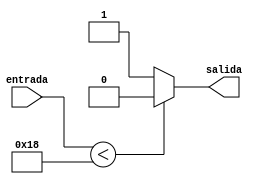
module comparador(output salida,input [7:0] entrada);

	assign salida = (entrada < 24) ? 0 : 1;

endmodule